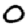
Digit: 0